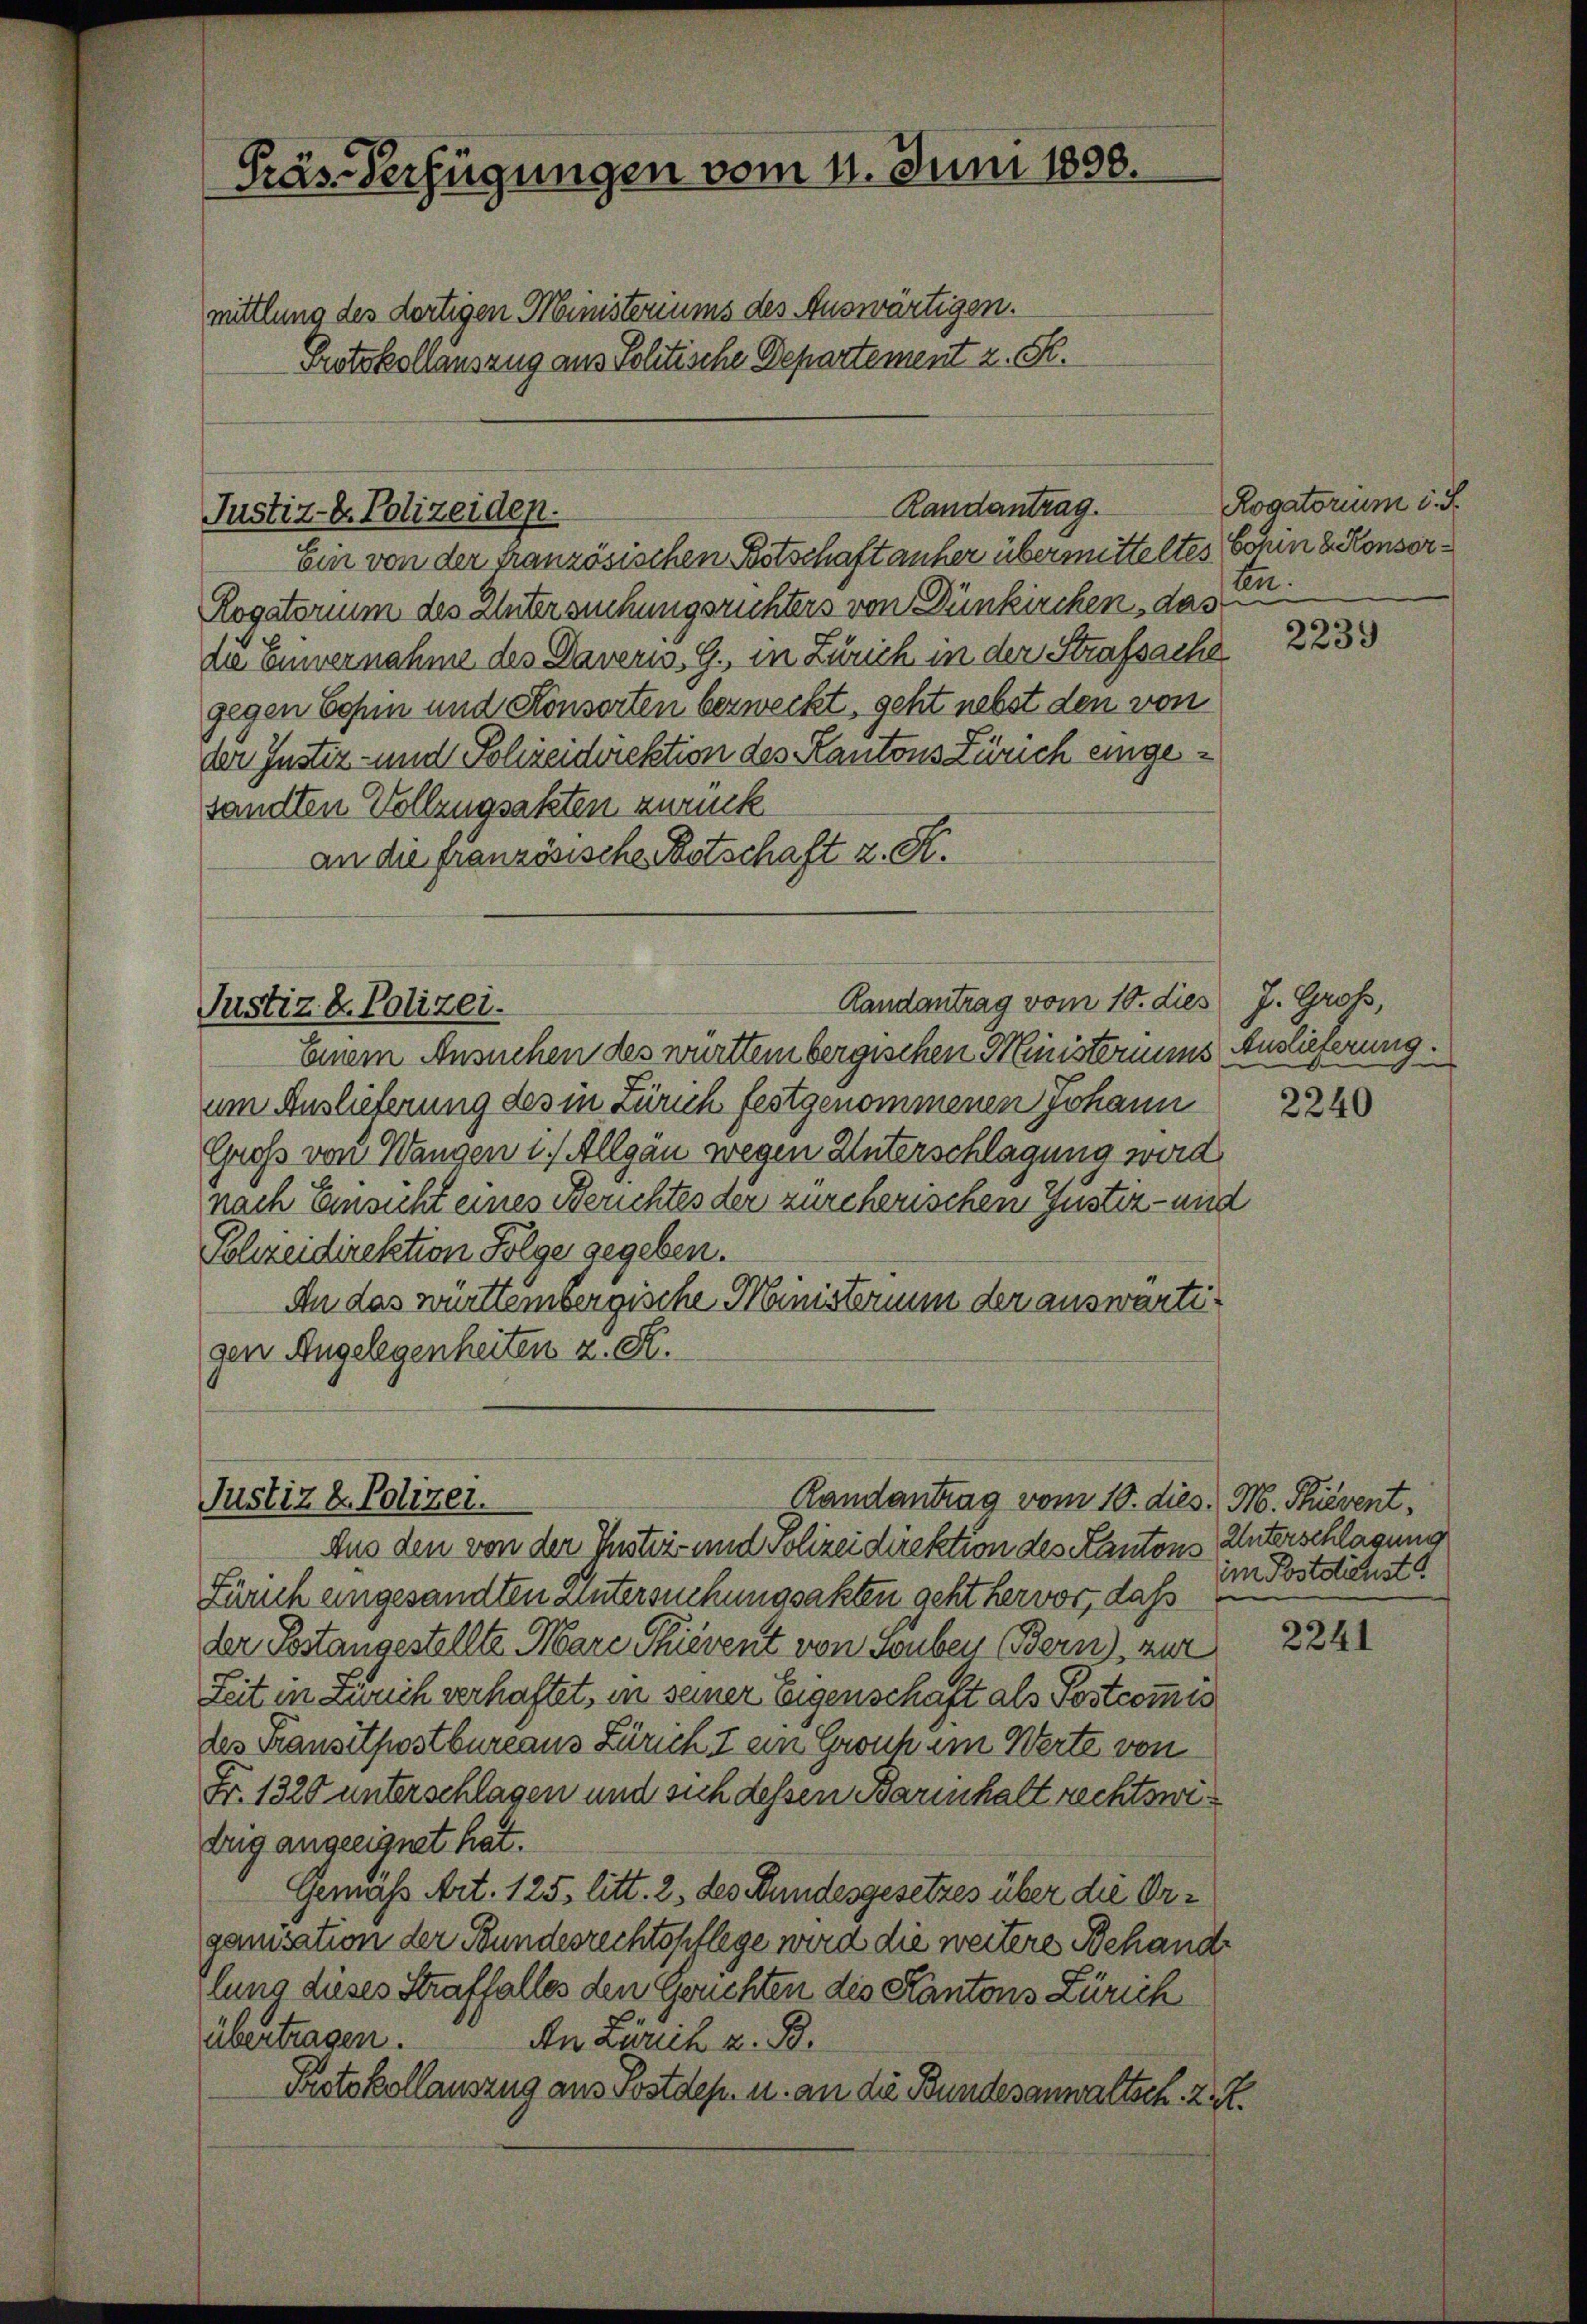
Präs-Verfügungen vom 11. Juni 1808.
mittlung des dortigen Ministeriums des Auswärtigen.
Protokollauszug aus Politische Departement z. S.

Justiz-C. Polizeiden.

Randantrag.

Ein von der französischen Botschaft anher übermitteltes
Rogatorium des Untersuchungsrichters von Dünkirchen, das
die Einvernahme des Daveris, G. in Zürich in der Strafsache
gegen Sohin und Konsorten bezweckt, geht nebst den von
der Justiz- und Polizeidirektion des Kantons Zürich eingesandten Vollzugsakten zurück
an die französische Botschaft z. K.
Randantrag vom 10. dies J. Groß,
Justiz & Polizei.
Einem Ansuchen des württembergischen Ministeriums Auslieferung.
um Auslieferung des in Zürich festgenommenen Johann
Groß von Wangen u. Allgäu wegen Unterschlagung wird
nach Einsicht eines Berichtes der zürcherischen Justiz- und
Polizeidirektion Folge gegeben.
An das württembergische Ministerium der auswärtigen Angelegenheiten z. R.

Justiz & Polizei.
Randantrag vom 10. dies. M. Sievent.

Rogatorium d. J.
Sohin d. Konsoren.

Aus den von der Instei- und Polizeidirektion des Kantons Unterschlagung
Zürich eingesandten untersuchungsakten geht hervor, daß
der Postangestellte Mare Thierent von Souben (Bern), zur
Zeit in Zürich verhaftet, in seiner Eigenschaft als Postcom̅is
des Transetpostbureaus Zürich I ein Gronk im Werte von
Fr. 1320 unterschlagen und sich dessen Barmhalt rechtswetig angeeignet hat.
Gemäß Art. 125. litt. 2, des Bundesgesetzes über die Organisation der Bundesrechtspflege wird die weitere Behandlung dieses Straffalles den Gerichten des Kantons Zürich
übertragen.
An Zürich z. B.
Protokollauszug aus Postdep. u. an die Bundesanwaltsch. 2 S.

2239

2240

im Postdienst!!

2241